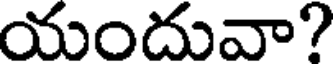
యందువా?